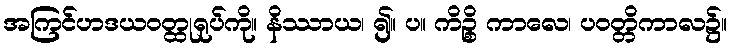
အကြင်ဟဒယဝတ္ထုရုပ်ကို။ နိဿာယ၊ ၍။ ပ။ ကိဉ္စိ ကာလေ၊ ပဝတ္တိကာလ၌။